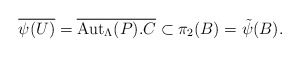
\begin{align*}\overline{\psi(U)} = \overline{\mathrm{Aut}_\Lambda(P). C} \subset \pi_2(B) = \tilde{\psi}(B).\end{align*}